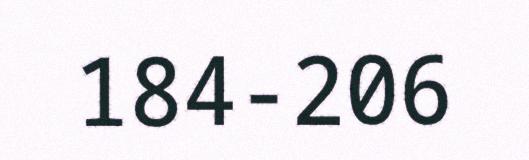
184-206